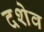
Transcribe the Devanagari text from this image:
दशेव